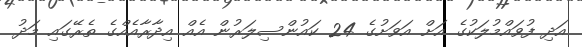
އަދި ފުވައްމުލަކުގެ އަށް އަވަށުގެ 24 ކައުންސިލަރުން އެއް އިދާރާއެއްގެ ތެރޭގައި މަދު